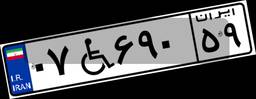
۰۷W۶۹۰۵۹